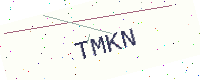
Text: TMKN